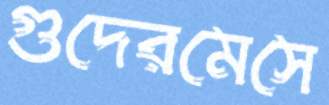
গুদেরমেসে